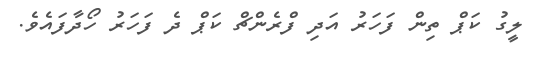
ލީގު ކަޕް ތިން ފަހަރު އަދި ފްރެންޗް ކަޕް ދެ ފަހަރު ހޯދާފައެވެ.